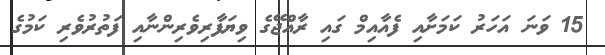
15 ވަނަ އަހަރު ކަމަށާއި ފެއާއިމް ގައި ރާއްޖޭގެ ވިޔަފާރިވެރިންނާއި ފަތުރުވެރި ކަމުގެ